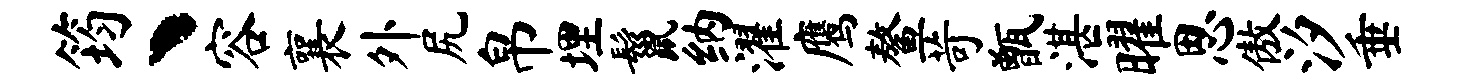
筠丶容襄外尻帛埋鬣纳濯鹰鳌苛甑湛曜思傲汐垂